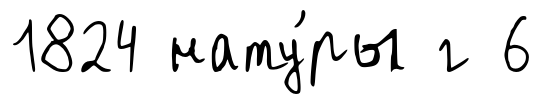
1824 нату́ры г 6